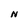
Character: N